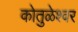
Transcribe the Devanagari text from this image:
कोतुळेश्वर